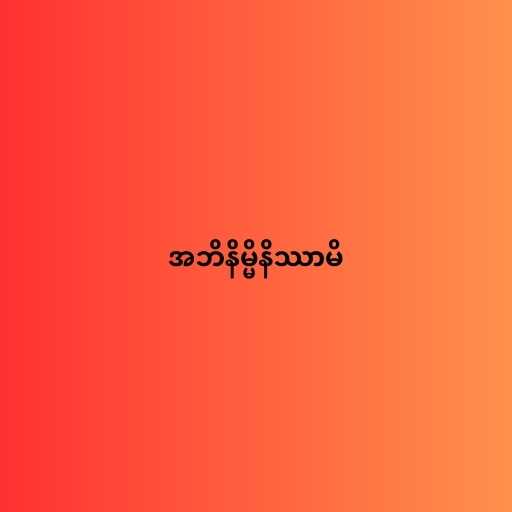
အဘိနိမ္မိနိဿာမိ